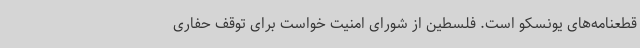
قطعنامه‌های یونسکو است. فلسطین از شورای امنیت خواست برای توقف حفاری